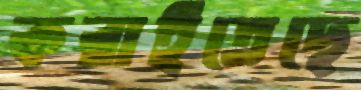
করাইতেছে